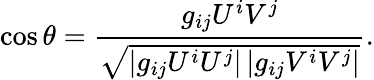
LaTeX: \cos\theta={\frac{g_{ij}U^{i}V^{j}}{\sqrt{\left|g_{ij}U^{i}U^{j}\right|\left|g_{ij}V^{i}V^{j}\right|}}}.